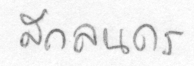
สกลนคร